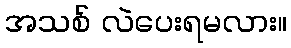
အသစ် လဲပေးရမလား။